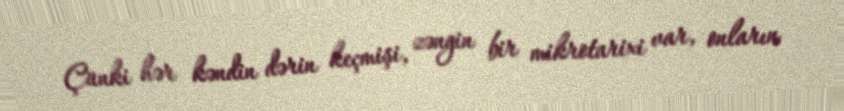
Çünki hər kəndin dərin keçmişi, zəngin bir mikrotarixi var, onların